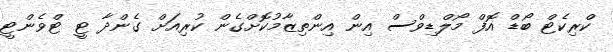
ކްރިކެޓް ބޯޑް އޮފް މޯލްޑިވްސް އިން އިންތިޒާމުކޮށްގެން ކުރިއަށް ގެންދާ ޓީ ޓްވެންޓީ